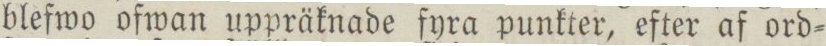
blefwo ofwan uppräknade fyra punkter, efter af ord=